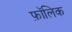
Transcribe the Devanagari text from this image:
फ़ॉलिक